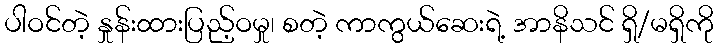
ပါဝင်တဲ့ နှုန်းထားပြည့်ဝမှု၊ စတဲ့ ကာကွယ်ဆေးရဲ့ အာနိသင် ရှိ/မရှိကို